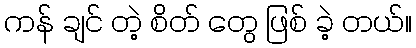
ကန် ချင် တဲ့ စိတ် တွေ ဖြစ် ခဲ့ တယ်။